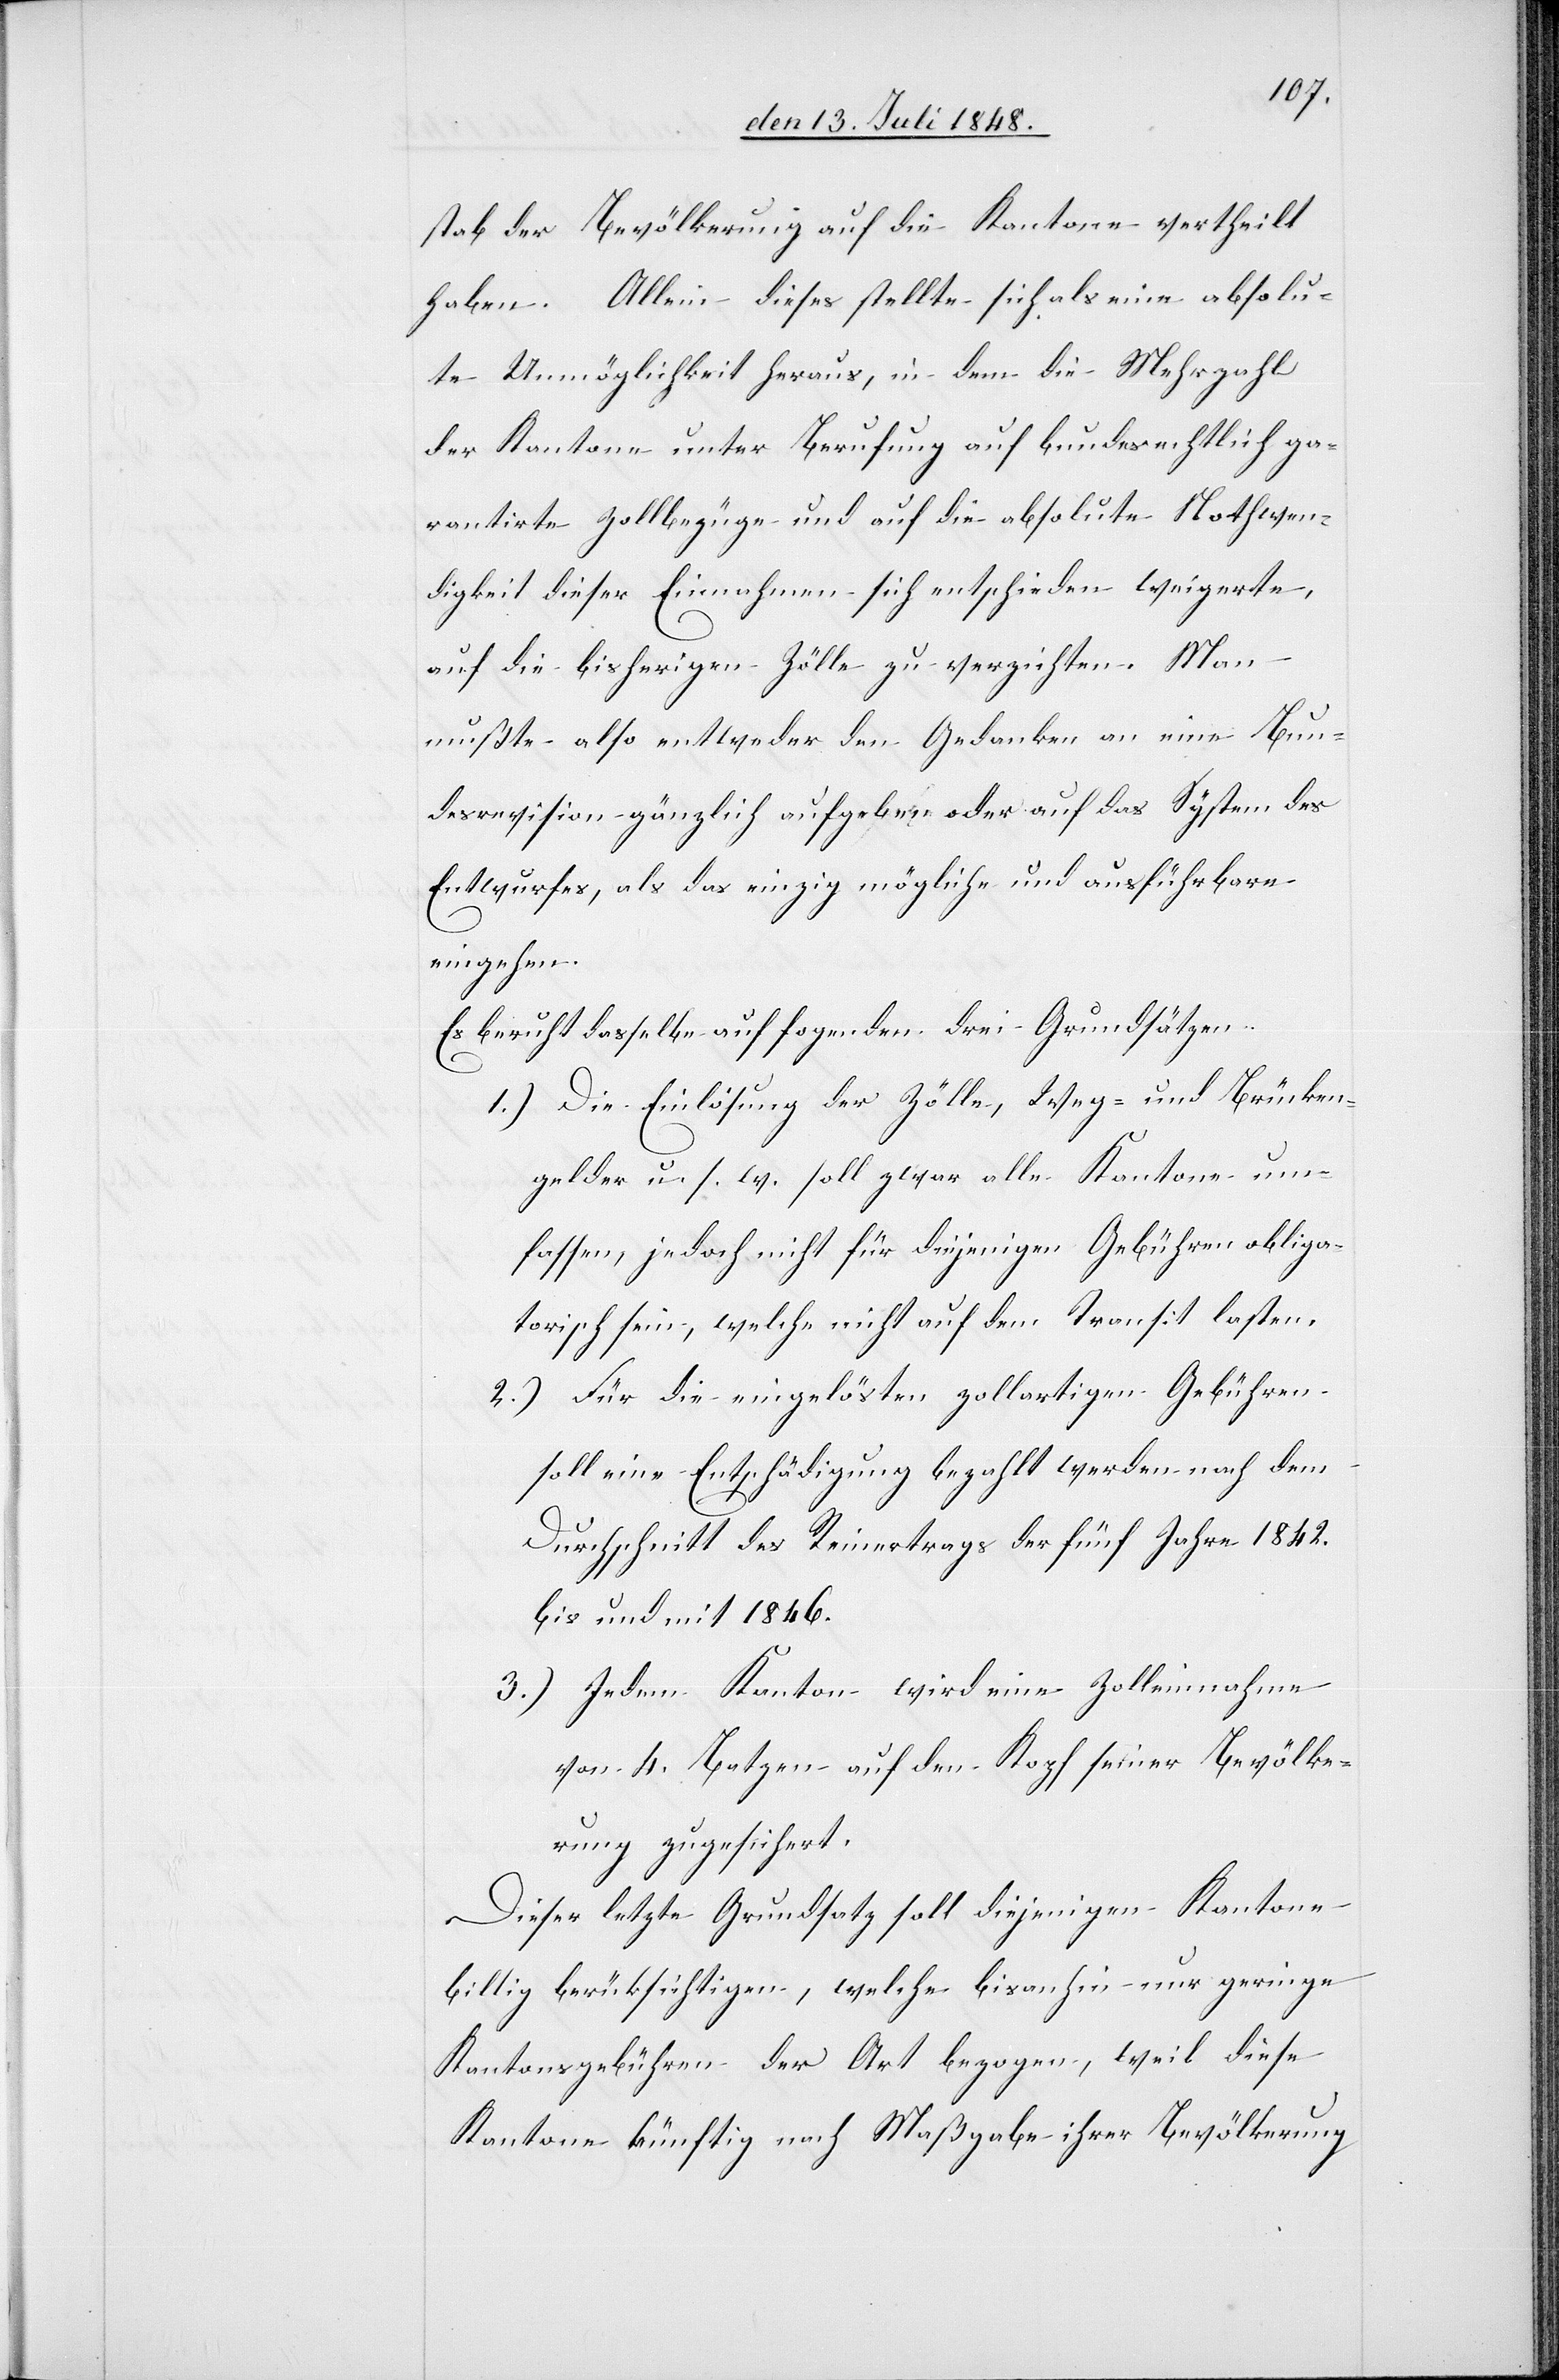
gabe der Bevölkerung auf die Kantone vertheilt
haben. Allein dieses stellte sich als eine absolu¬
te Unmöglichkeit heraus, in dem die Mehrzahl
der Kantone unter Berufung auf bundesrechtlich ga¬
rantirte Zollbezüge und auf die absolute Nothwen¬
digkeit dieser Einnahmen sich entschieden weigerte,
auf die bisherigen Zölle zu verzichten. Man
mußte also entweder den Gedanken an eine Bun¬
desrevision gänzlich aufgeben oder auf das System des
Entwurfes, als das einzig mögliche und ausführbare
eingehen.
Es beruht dasselbe auf fo[l]genden drei Grundsätzen.
1.) Die Einlösung der Zölle, Weg- und Brücken¬
gelder u. s. w. soll zwar alle Kantone um¬
fassen, jedoch nicht für diejenigen Gebühren obliga¬
torisch sein, welche nicht auf dem Transit lasten.
2.) Für die eingelösten zollartigen Gebühren
soll eine Entschädigung bezahlt werden nach dem
Durchschnitt des Reinertrags der fünf Jahre 1842.
bis und mit 1846.
3.) Jedem Kanton wird eine Zolleinnahme
von 4. Batzen auf den Kopf seiner Bevölke¬
rung zugesichert.
Dieser letzte Grundsatz soll diejenigen Kantone
billig berücksichtigen, welche bis anhin nur geringe
Kantonsgebühren der Art bezogen, weil diese
Kantone künftig nach Maßgabe ihrer Bevölkerung